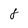
Character: 8